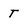
Character: t